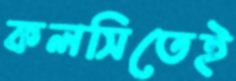
কলসিতেই